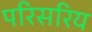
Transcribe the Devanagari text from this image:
परिसरिय